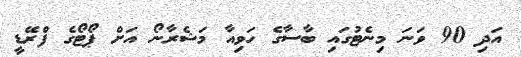
އަދި 90 ވަނަ މިނެޓުގައި ބާސާގެ ހަވިއާ މަޝެރާނޯ އަށް ޕޯޓޯގެ ފްރޭޑީ